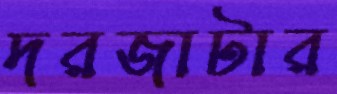
দরজাটার